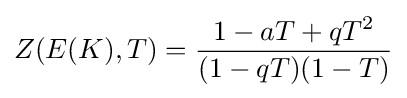
Z(E(K),T)={\frac {1-aT+qT^{2}}{(1-qT)(1-T)}}